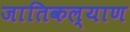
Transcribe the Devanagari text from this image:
जातिकल्याण